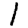
Digit: 1